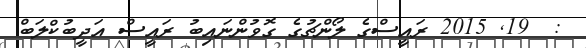
:  19